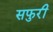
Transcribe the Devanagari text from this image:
सफुरी